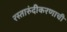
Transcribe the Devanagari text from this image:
रस्तारुंदीकरणाची